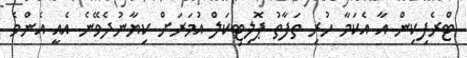
ޓްރެފިކިން އާ އެކަމާ ހުރި ތަފާތު ޕޮލިޓިކަލް އުމަރަށް ކިޔާނުދެވޭނެ އެއީ އެންމެ